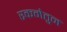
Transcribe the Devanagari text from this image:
रकमेतुन